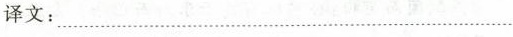
译文：___